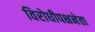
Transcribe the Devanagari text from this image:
विरोधीपक्षनेता